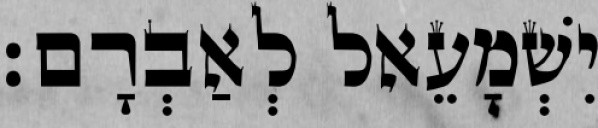
יִשְׁמָעֵאל לְאַבְרָם׃